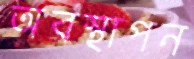
অবস্থাপন